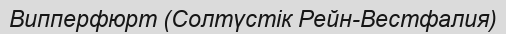
Випперфюрт (Солтүстік Рейн-Вестфалия)